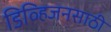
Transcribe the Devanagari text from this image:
डिव्हिजनसाठी